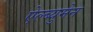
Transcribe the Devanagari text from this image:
ऐल्ब्युमेन